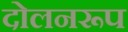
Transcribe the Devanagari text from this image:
दोलनरूप